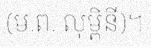
(ម.ព. លុម្ពិនី)។